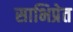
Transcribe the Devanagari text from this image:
साभिप्रेत